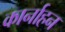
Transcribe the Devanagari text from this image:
कार्नाहन